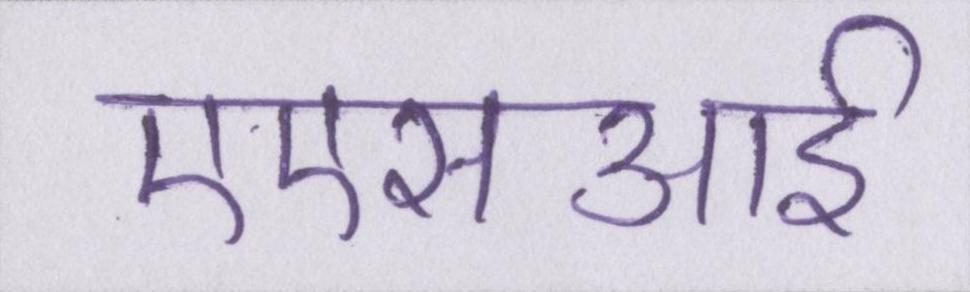
एएसआई